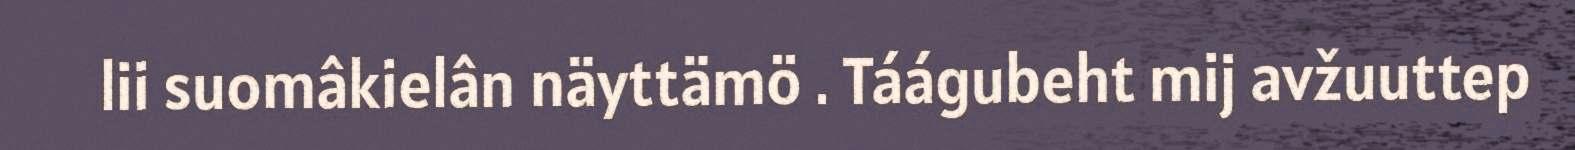
lii suomâkielân näyttämö . Táágubeht mij avžuuttep